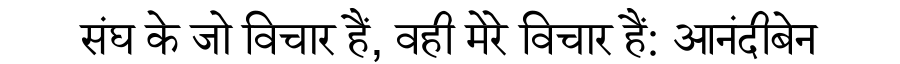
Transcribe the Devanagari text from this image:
संघ के जो विचार हैं, वही मेरे विचार हैं: आनंदीबेन